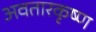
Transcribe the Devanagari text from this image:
अवतारकृष्ण